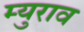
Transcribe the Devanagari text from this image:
म्युराव